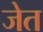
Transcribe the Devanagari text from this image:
जेत